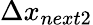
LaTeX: \Delta x_{next2}